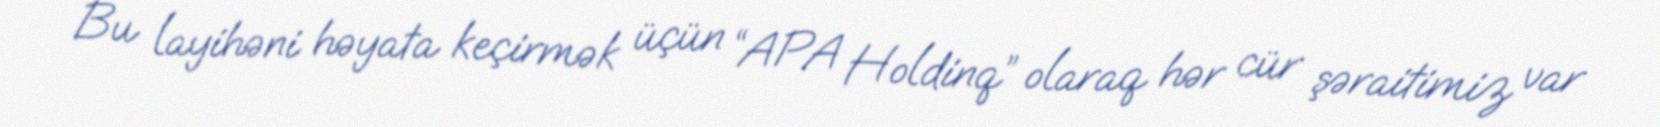
Bu layihəni həyata keçirmək üçün “APA Holdinq” olaraq hər cür şəraitimiz var